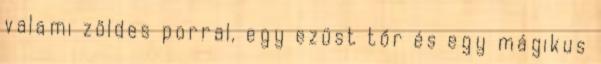
valami zöldes porral, egy ezüst tőr és egy mágikus